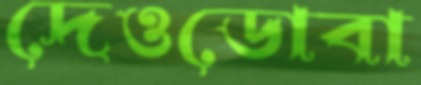
দেওডোবা